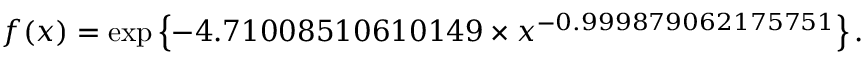
f ( x ) = \exp \left\{ - 4 . 7 1 0 0 8 5 1 0 6 1 0 1 4 9 \times x ^ { - 0 . 9 9 9 8 7 9 0 6 2 1 7 5 7 5 1 } \right\} .